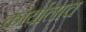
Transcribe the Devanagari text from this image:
कार्यालाच